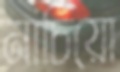
নাচিয়ো